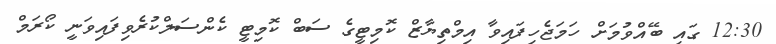
12:30 ގައި ބޭއްވުމަށް ހަމަޖެހިފައިވާ އިމްތިޔާޒް ކޮމިޓީގެ ސަބް ކޮމިޓީ ކެންސަލްކުރެވިފައިވަނީ ކޯރަމް